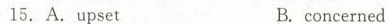
15. A.upsetB.concerned